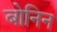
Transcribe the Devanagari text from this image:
बोनिन